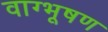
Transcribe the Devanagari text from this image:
वाग्भूषण